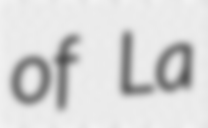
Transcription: of La